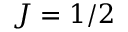
J = 1 / 2